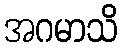
အဂမာသိ